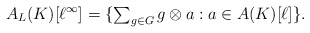
\begin{align*}A_{L}(K)[\ell^\infty] = \{\textstyle\sum_{g \in G} g \otimes a : a \in A(K)[\ell]\}.\end{align*}